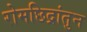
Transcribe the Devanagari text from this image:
रोमछिद्रांतुन